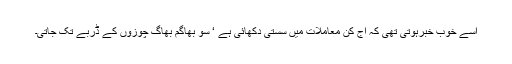
اسے خوب خبرہوتی تھی کہ آج کن معاملات میں سستی دکھائی ہے ‘ سو بھاگم بھاگ چوزوں کے ڈربے تک جاتی۔